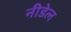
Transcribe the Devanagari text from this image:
नीडेल